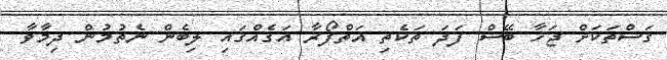
ގަސްތަކަށް ޖަހާ ބޭސް ފަދަ ތަކެތި އަތްފޯރާ އަގެއްގައި ލިބެން ނެތުމުން ދިމާވާ